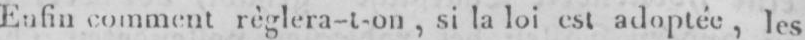
Enfin comment règlera-t-on, si la loi est adoptée, les